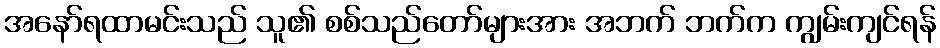
အနော်ရထာမင်းသည် သူ၏ စစ်သည်တော်များအား အဘက် ဘက်က ကျွမ်းကျင်ရန်